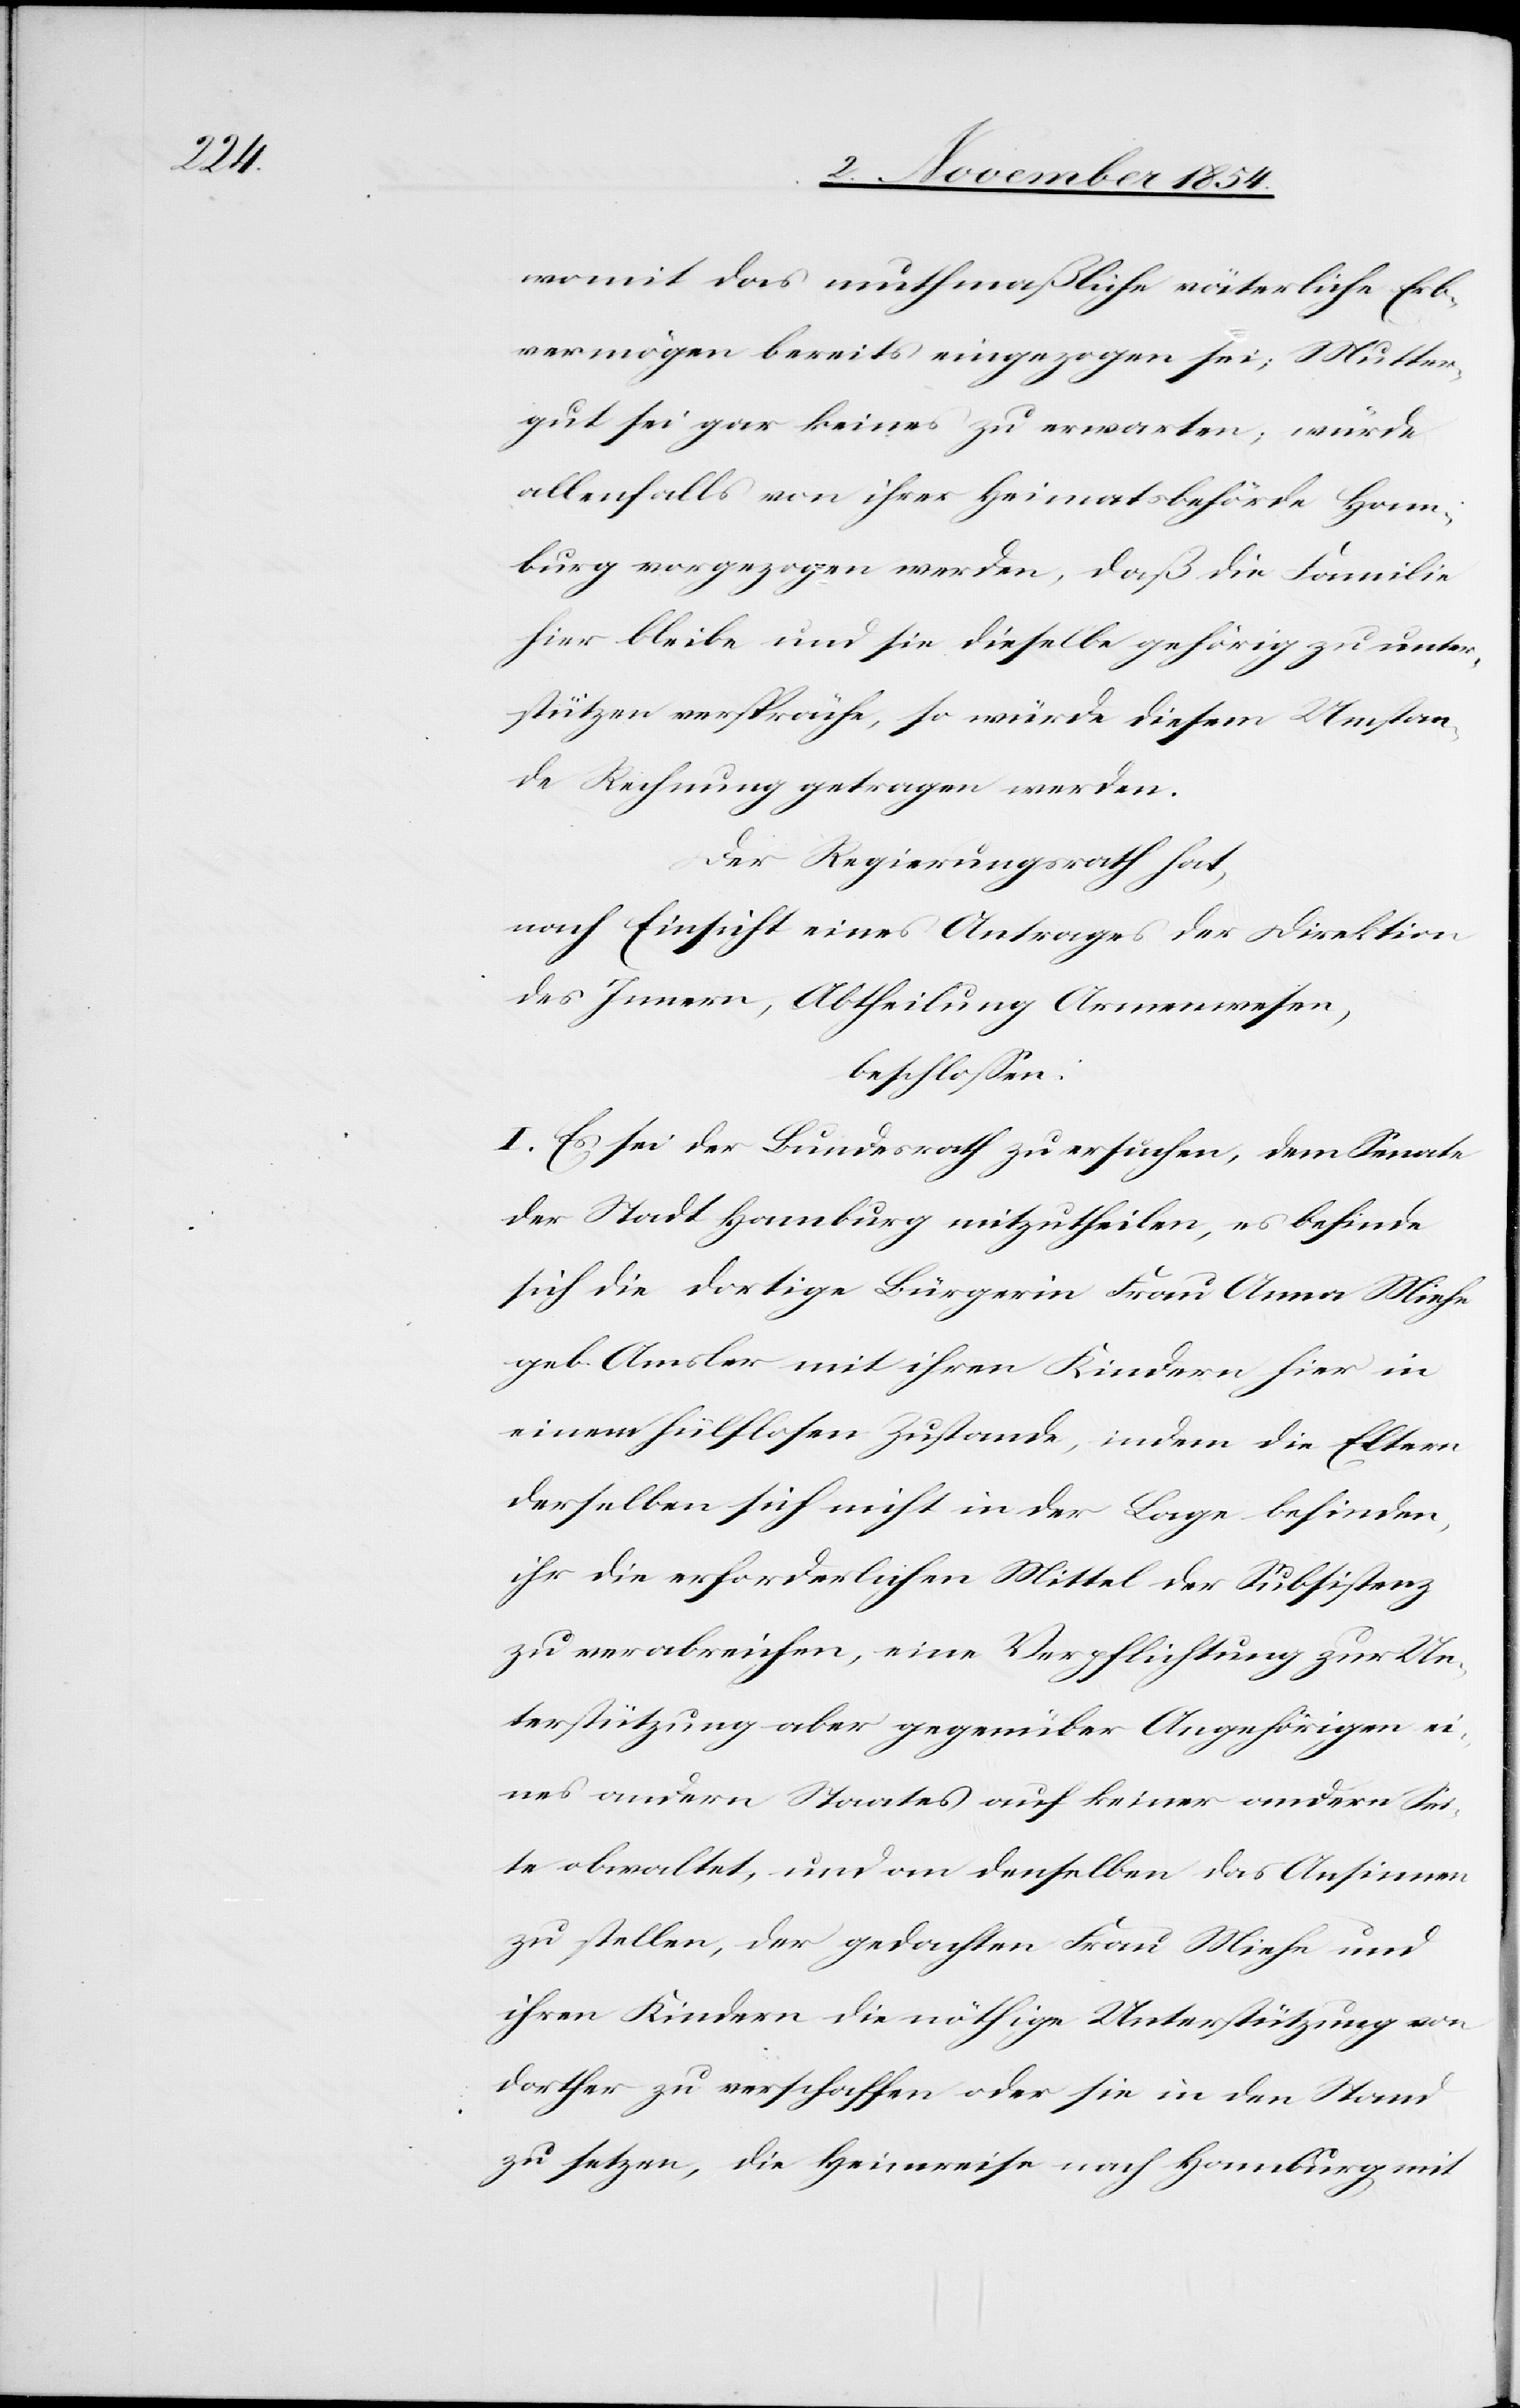
womit das muthmaßliche väterliche Erb¬
vermögen bereits eingezogen sei; Mutter¬
gut sei gar keines zu erwarten; würde
allenfalls von ihrer Heimatsbehörde Ham¬
burg vorgezogen werden, daß die Familie
hier bleibe und sie dieselbe gehörig zu unter¬
stützten verspräche, so würde diesem Umstan¬
de Rechnung getragen werden.
Der Regierungsrath hat,
nach Einsicht eines Antrages der Direktion
des Innern, Abtheilung Armenwesen,
beschloßen:
I. Es sei der Bundesrath zu ersuchen, dem Senate
der Stadt Hamburg mitzutheilen, es befinde
sich die dortige Bürger Frau Anna Miehe
geb. Amsler mit ihren Kindern hier in
einem hülflosen Zustande, indem die Eltern
derselben sich nicht in der Lage befinden,
ihr die erforderlichen Mittel der Subsistenz
zu verabreichen, eine Verpflichtung zur Un¬
terstützung aber gegenüber Angehörigen ei¬
nes andern Staates auf keiner andern Sei¬
te obwaltet, und an denselben das Ansinnen
zu stellen, der gedachten Frau Miehe und
ihren Kindern die nöthige Unterstützung von
dorther zu verschaffen oder sie in den Stand
zu setzen, die Heimreise nach Hamburg mit